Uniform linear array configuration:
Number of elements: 8
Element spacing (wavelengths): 1
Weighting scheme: kaiser
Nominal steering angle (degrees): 0
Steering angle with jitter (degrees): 1.867
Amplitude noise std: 0.05
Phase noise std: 0.05

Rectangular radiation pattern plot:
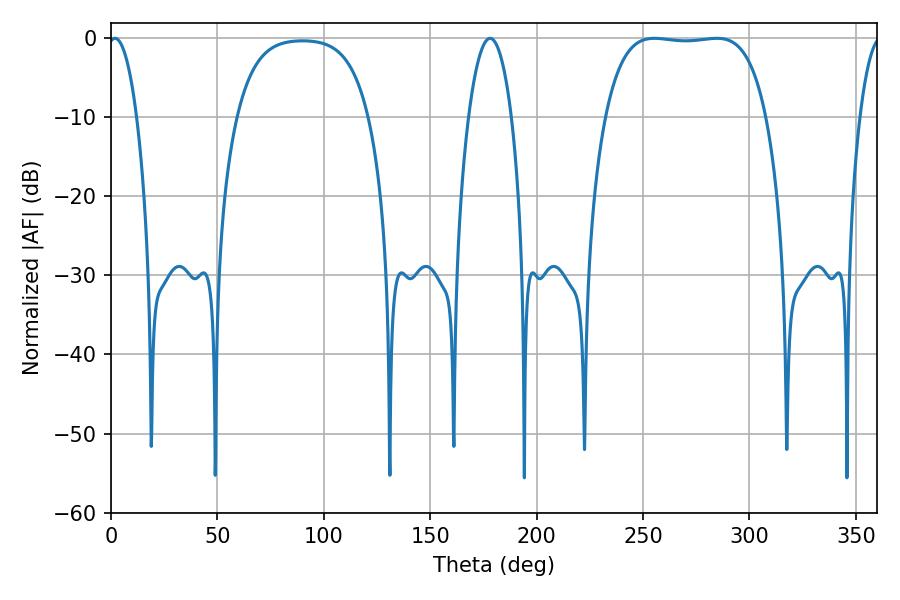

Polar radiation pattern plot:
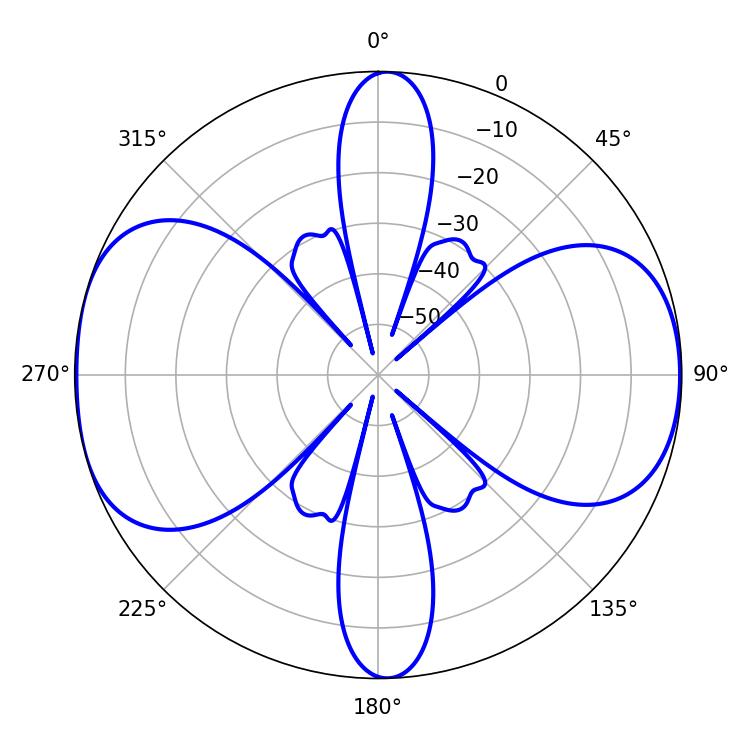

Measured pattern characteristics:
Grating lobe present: TRUE
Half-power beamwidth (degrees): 59.4
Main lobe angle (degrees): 255.24